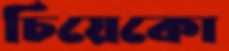
চিয়েকো